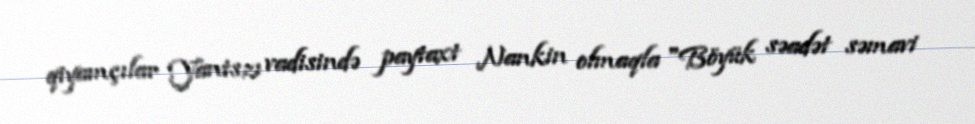
qiyamçılar Yantszı vadisində paytaxt Nankin olmaqla "Böyük səadət səmavi